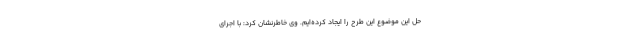
حل این موضوع این طرح را ایجاد کرده‌ایم. وی خاطرنشان کرد: با اجرای